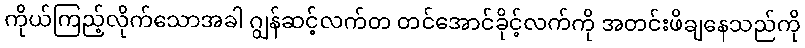
ကိုယ်ကြည့်လိုက်သောအခါ ဂျွန်ဆင့်လက်တ တင်အောင်ခိုင့်လက်ကို အတင်းဖိချနေသည်ကို